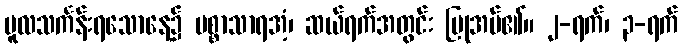
မူလသင်္ကန်းရသောနေ့၌ ပစ္စာသာရအံ့၊ ဆယ်ရက်အတွင်း ပြုအပ်၏။ ၂-ရက်၊ ၃-ရက်